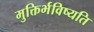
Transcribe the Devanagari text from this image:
मुक्तिर्भविष्यति